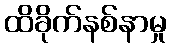
ထိခိုက်နစ်နာမှု